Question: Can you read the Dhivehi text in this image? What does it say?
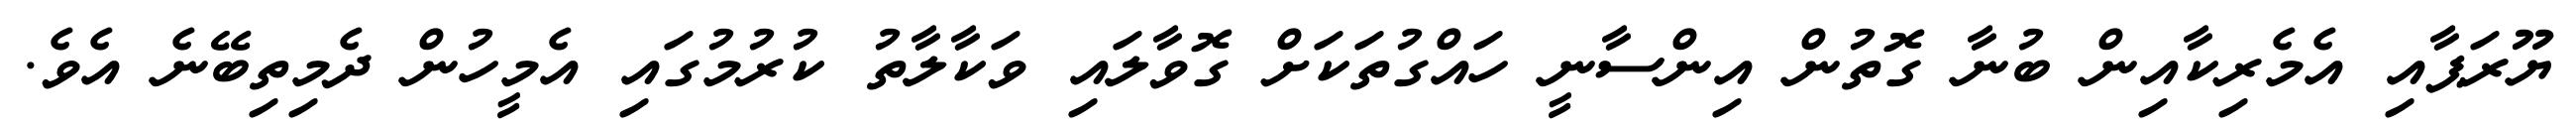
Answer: ޔޫރަޕާއި އެމެރިކާއިން ބުނާ ގޮތުން އިންސާނީ ހައްގުތަކަށް ގޮވާލައި ވަކާލާތު ކުރުމުގައި އެމީހުން ދެމިތިބޭނެ އެވެ.